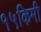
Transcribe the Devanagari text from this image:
१५किमी